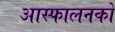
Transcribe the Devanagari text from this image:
आस्फालनको